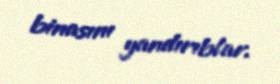
binasını yandırıblar.